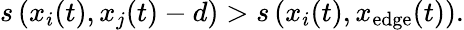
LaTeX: \begin{array}{r}{s\left(x_{i}(t),x_{j}(t)-d\right)>s\left(x_{i}(t),x_{\mathrm{edge}}(t)\right).}\end{array}